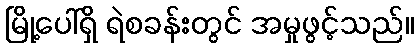
မြို့ပေါ်ရှိ ရဲစခန်းတွင် အမှုဖွင့်သည်။